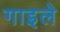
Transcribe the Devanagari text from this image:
गाइले